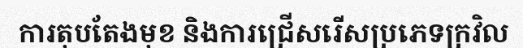
ការតុបតែងមុខ និងការជ្រើសរើសប្រភេទក្រវិល